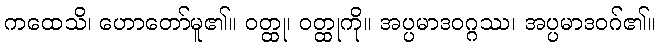
ကထေသိ၊ ဟောတော်မူ၏။ ဝတ္ထု၊ ဝတ္ထုကို။ အပ္ပမာဒဝဂ္ဂဿ၊ အပ္ပမာဒဝဂ်၏။